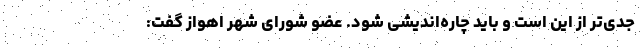
جدی‌تر از این است و باید چاره‌اندیشی شود. عضو شورای شهر اهواز گفت: